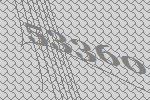
53360